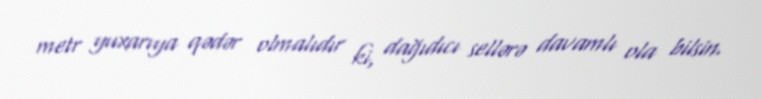
metr yuxarıya qədər olmalıdır ki, dağıdıcı sellərə davamlı ola bilsin.